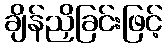
ချိန်ညှိခြင်းဖြင့်